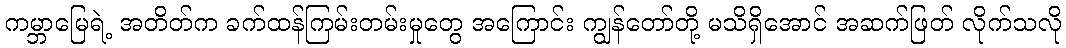
ကမ္ဘာမြေရဲ့ အတိတ်က ခက်ထန်ကြမ်းတမ်းမှုတွေ အကြောင်း ကျွန်တော်တို့ မသိရှိအောင် အဆက်ဖြတ် လိုက်သလို